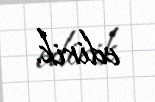
edirik.